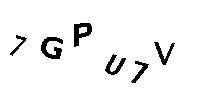
7GPU7V